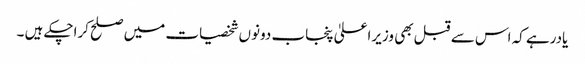
یادرہے کہ اس سے قبل بھی وزیراعلیٰ پنجاب دونوں شخصیات میں صلح کراچکے ہیں ۔